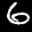
Label: 6